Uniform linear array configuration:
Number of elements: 32
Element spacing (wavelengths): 0.75
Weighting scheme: uniform
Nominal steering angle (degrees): -30
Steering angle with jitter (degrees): -28.313
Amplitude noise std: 0.05
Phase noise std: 0.05

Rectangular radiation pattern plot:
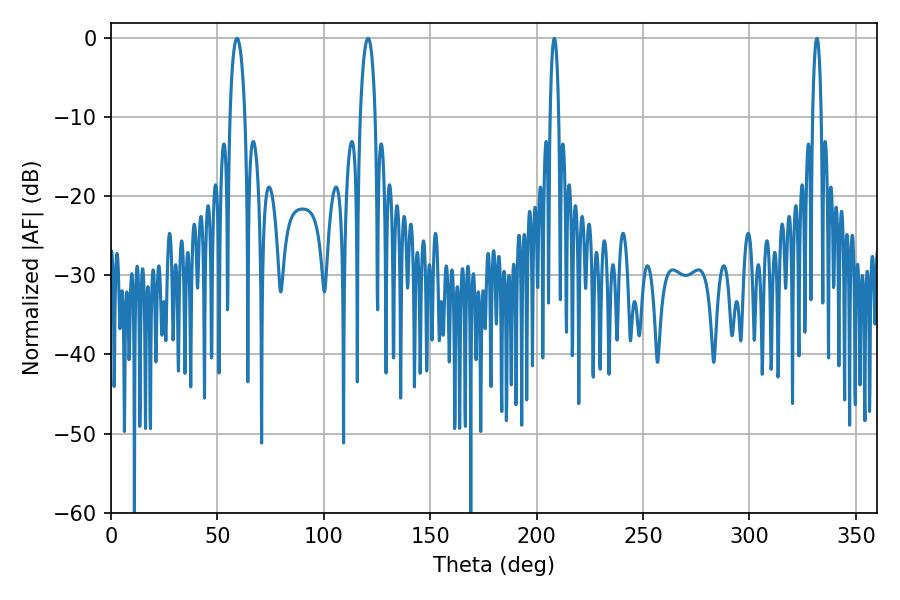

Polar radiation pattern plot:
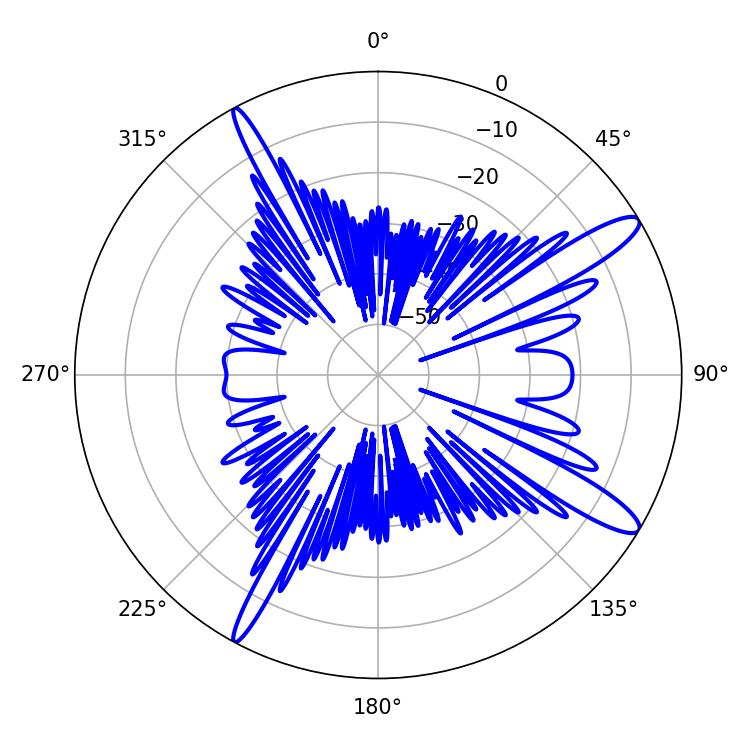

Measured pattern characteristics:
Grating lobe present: TRUE
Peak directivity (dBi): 13.244
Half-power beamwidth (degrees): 3.96
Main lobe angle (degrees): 120.78